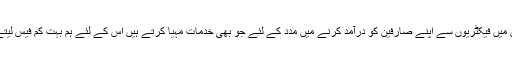
ہم چین میں فیکٹریوں سے اپنے صارفین کو درآمد کرنے میں مدد کے لئے جو بھی خدمات مہیا کرتے ہیں اس کے لئے ہم بہت کم فیس لیتے ہیں۔